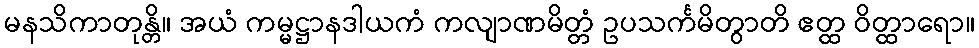
မနသိကာတုန္တိ။ အယံ ကမ္မဋ္ဌာနဒါယကံ ကလျာဏမိတ္တံ ဥပသင်္ကမိတွာတိ ဧတ္ထ ဝိတ္ထာရော။